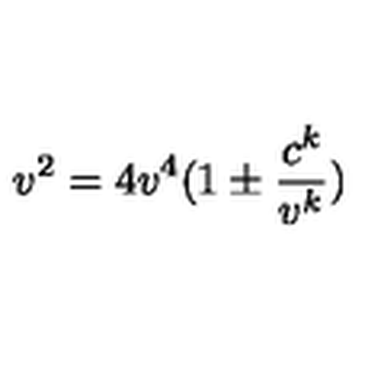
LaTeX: v ^ { 2 } = 4 v ^ { 4 } ( 1 \pm { \frac { c ^ { k } } { v ^ { k } } } )